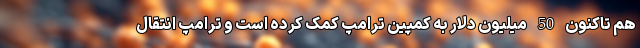
هم تاکنون 50 میلیون دلار به کمپین ترامپ کمک کرده است و ترامپ انتقال